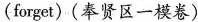
(forget)(奉贤区一模卷)